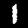
Label: 1